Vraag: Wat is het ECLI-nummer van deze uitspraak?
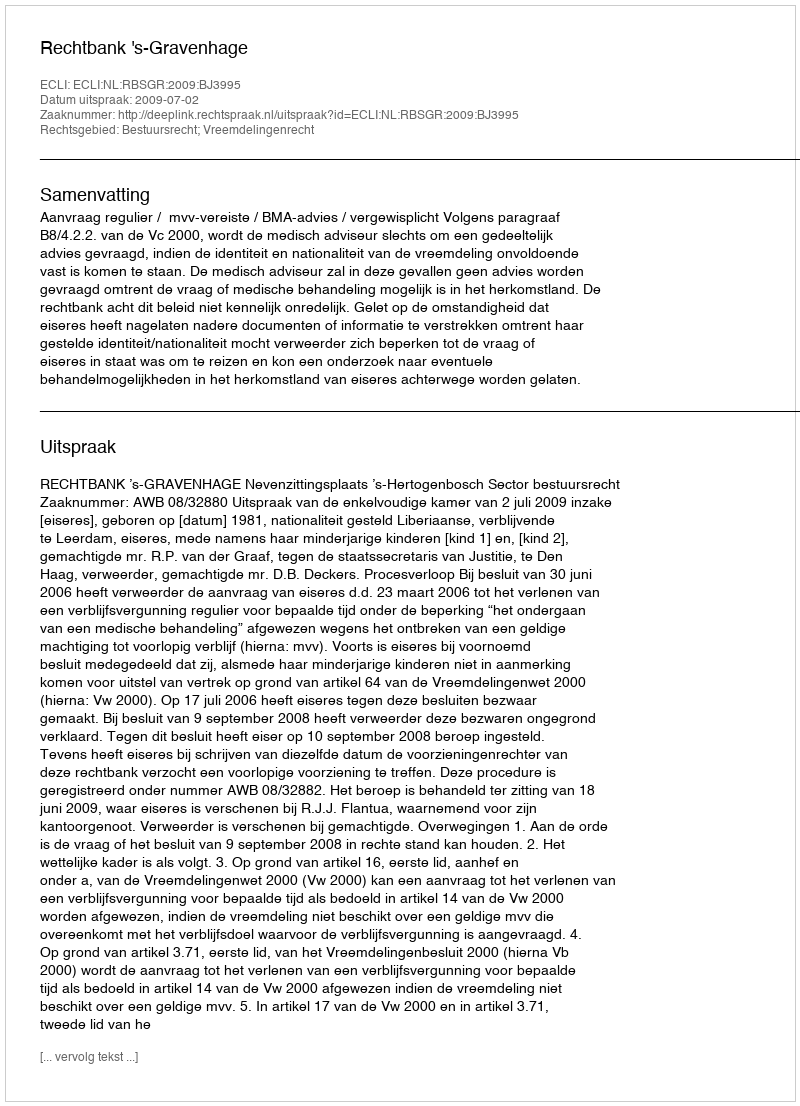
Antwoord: ECLI:NL:RBSGR:2009:BJ3995